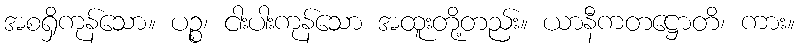
အစရှိကုန်သော။ ပဉ္စ၊ ငါးပါးကုန်သော အထူးတို့တည်း။ ယာနီကတဋ္ဌောတိ၊ ကား။